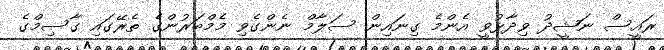
ރައީސް ނަޝީދު ވިދާޅުވީ އެންމެ ގިނައިން ސަލާމް ނެންގެވި މެމްބަރުންގެ ތެރޭގައި ގާސިމްގެ